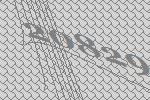
20829